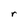
Character: r